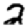
Digit: 2